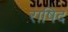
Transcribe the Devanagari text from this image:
राषिद